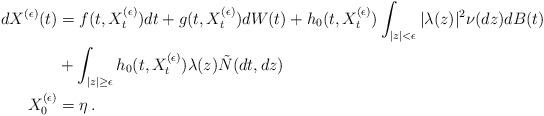
LaTeX: \begin{align*}d X^{(\epsilon)}(t)&=f(t, X^{(\epsilon)}_t) d t+g(t,X^{(\epsilon)}_t)d W(t)+h_0(t,X^{(\epsilon)}_t)\int_{|z|<\epsilon}|\lambda(z)|^2 \nu(dz) dB(t) \\&+ \int_{|z|\geq \epsilon}h_0(t,X^{(\epsilon)}_t)\lambda(z)\tilde N(d t, d z)\\X^{(\epsilon)}_0&=\eta \, .\end{align*}